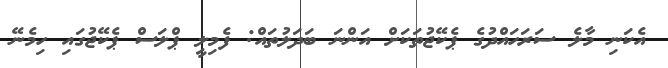
އެކަނި މާލެ ސަރަހައްދުގެ ޕެކޭޖުތަކަށް އަންނަ ބަދަލުތައް: ފެމިލީ ޕްލަސް ޕެކޭޖުގައި ހިމެނޭ